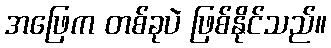
အဖြေက တစ်ခုပဲ ဖြစ်နိုင်သည်။